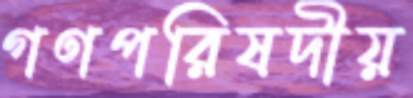
গণপরিষদীয়